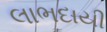
લાભદાયી